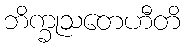
ဘိက္ခုသတေဟီတိ